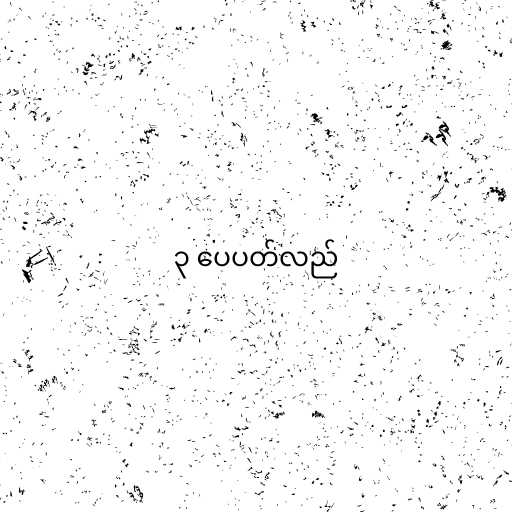
၃ ပေပတ်လည်